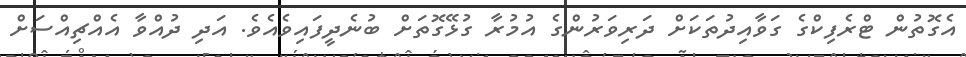
އެގޮތުން ޓްރެފިކްގެ ގަވާއިދުތަކަށް ދަރިވަރުންގެ އުމުރާ ގުޅޭގޮތަށް ބުނެދީފައިވެއެވެ. އަދި ދުއްވާ އެއްޗިއްސަށް